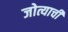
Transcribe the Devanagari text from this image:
जोत्याची